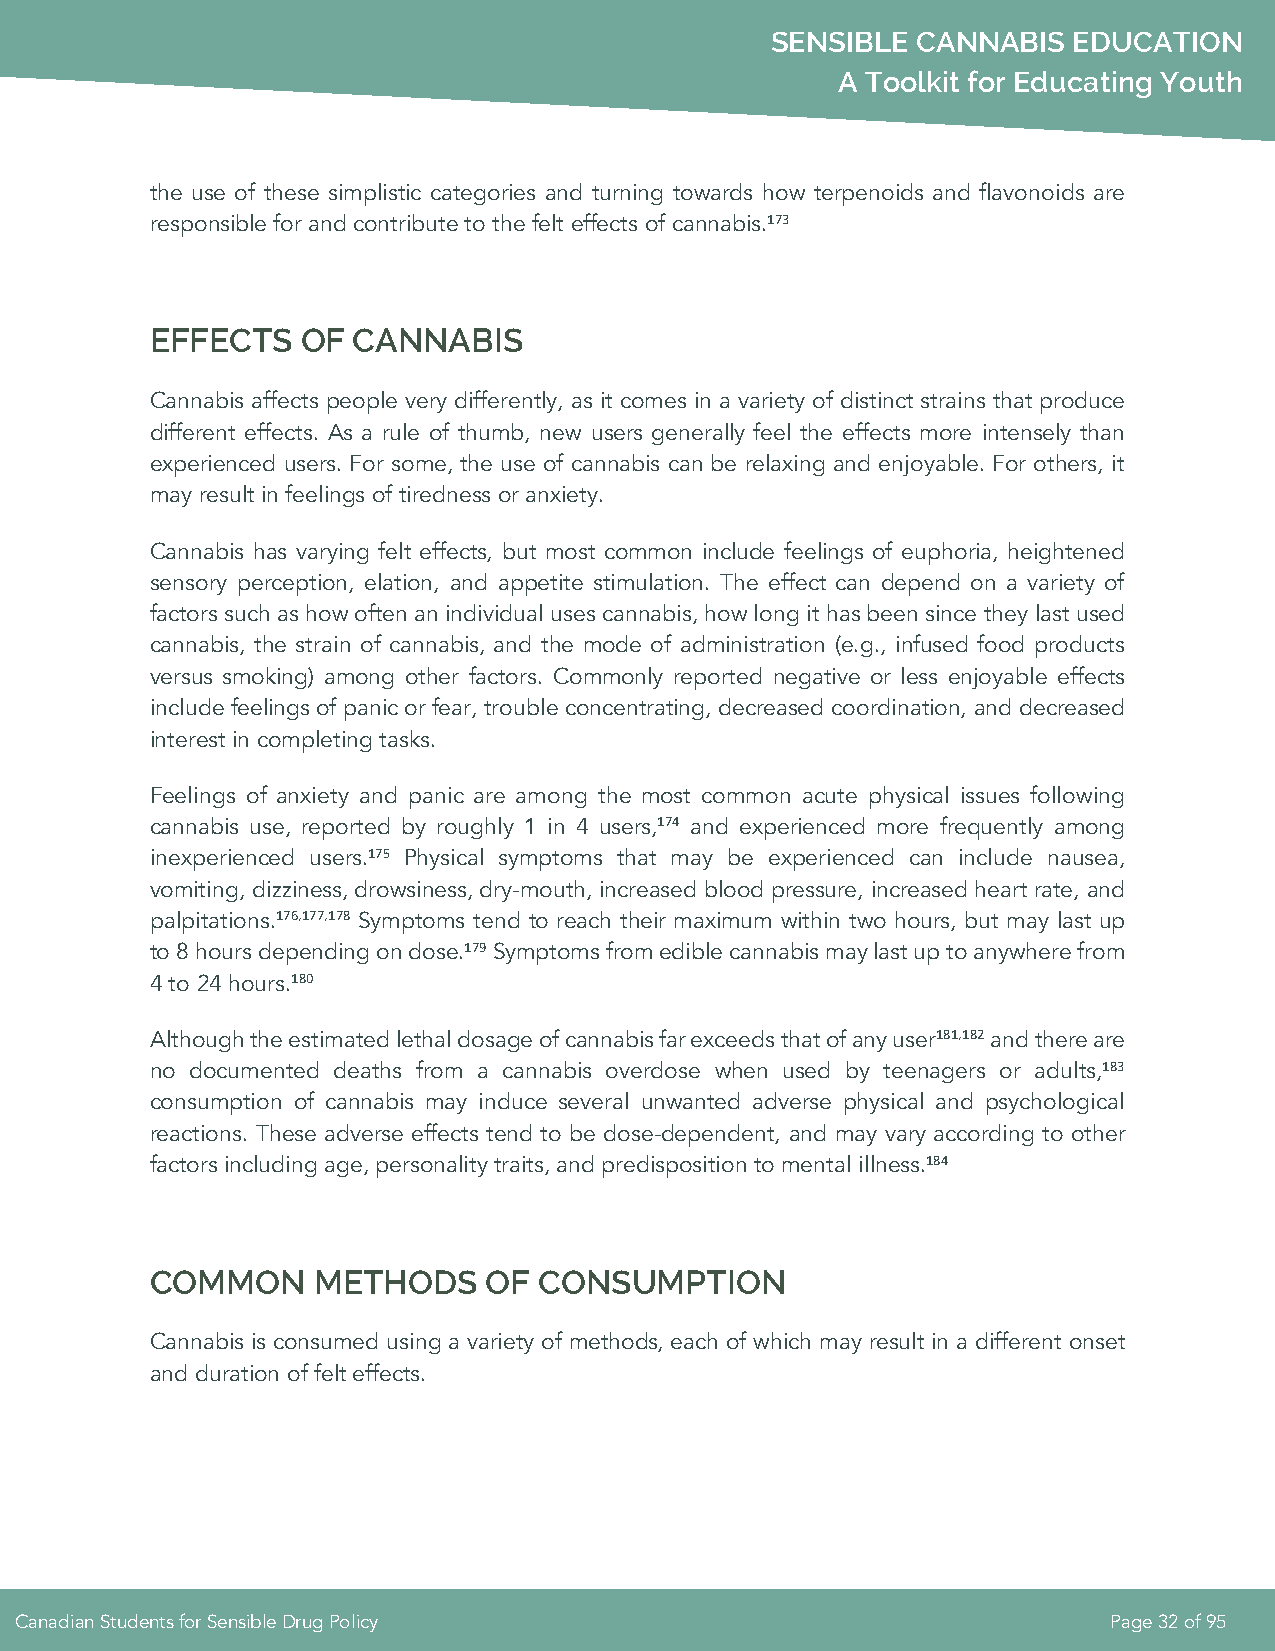
SENSIBLE  CANNABIS  EDUCATION
 A Toolkit for Educating Youth
 the use of these simplistic categories and turning towards how terpenoids and flavonoids are
 responsible for and contribute to the felt effects of cannabis.173
 EFFECTS   OF CANNABIS
 Cannabis affects people very differently, as it comes in a variety of distinct strains that produce
 different effects. As a rule of thumb, new users generally feel the effects more intensely than
 experienced users. For some, the use of cannabis can be relaxing and enjoyable. For others, it
 may result in feelings of tiredness or anxiety.
 Cannabis has varying felt effects, but most common include feelings of euphoria, heightened
 sensory perception, elation, and appetite stimulation. The effect can depend on a variety of
 factors such as how often an individual uses cannabis, how long it has been since they last used
 cannabis, the strain of cannabis, and the mode of administration (e.g., infused food products
 versus smoking) among other factors. Commonly reported negative or less enjoyable effects
 include feelings of panic or fear, trouble concentrating, decreased coordination, and decreased
 interest in completing tasks.
 Feelings of anxiety and panic are among the most common acute physical issues following
 cannabis use, reported by roughly 1 in 4 users,174 and experienced more frequently among
 inexperienced users.175 Physical symptoms that may be experienced can include nausea,
 vomiting, dizziness, drowsiness, dry-mouth, increased blood pressure, increased heart rate, and
 palpitations.176,177,178 Symptoms tend to reach their maximum within two hours, but may last up
 to 8 hours depending on dose.179 Symptoms from edible cannabis may last up to anywhere from
 4 to 24 hours.180
 Although the estimated lethal dosage of cannabis far exceeds that of any user181,182 and there are
 no documented deaths from a cannabis overdose when used by teenagers or adults,183
 consumption of cannabis may induce several unwanted adverse physical and psychological
 reactions. These adverse effects tend to be dose-dependent, and may vary according to other
 factors including age, personality traits, and predisposition to mental illness.184
 COMMON     METHODS    OF  CONSUMPTION
 Cannabis is consumed using a variety of methods, each of which may result in a different onset
 and duration of felt effects.
 Canadian Students for Sensible Drug Policy                              Page 32 of 95